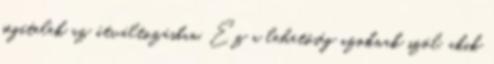
segítelek az átváltozásban. Ez a lehetőség azoknak szól, akik